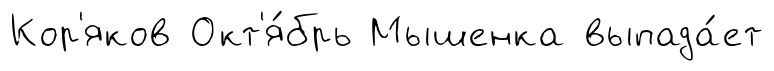
Кор'яков Окт'я́брь Мышенка выпада́ет